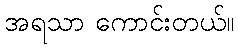
အရသာ ကောင်းတယ်။